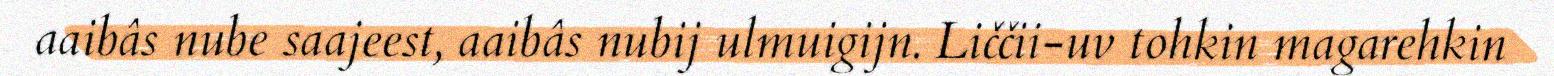
aaibâs nube saajeest, aaibâs nubij ulmuigijn. Liččii-uv tohkin magarehkin